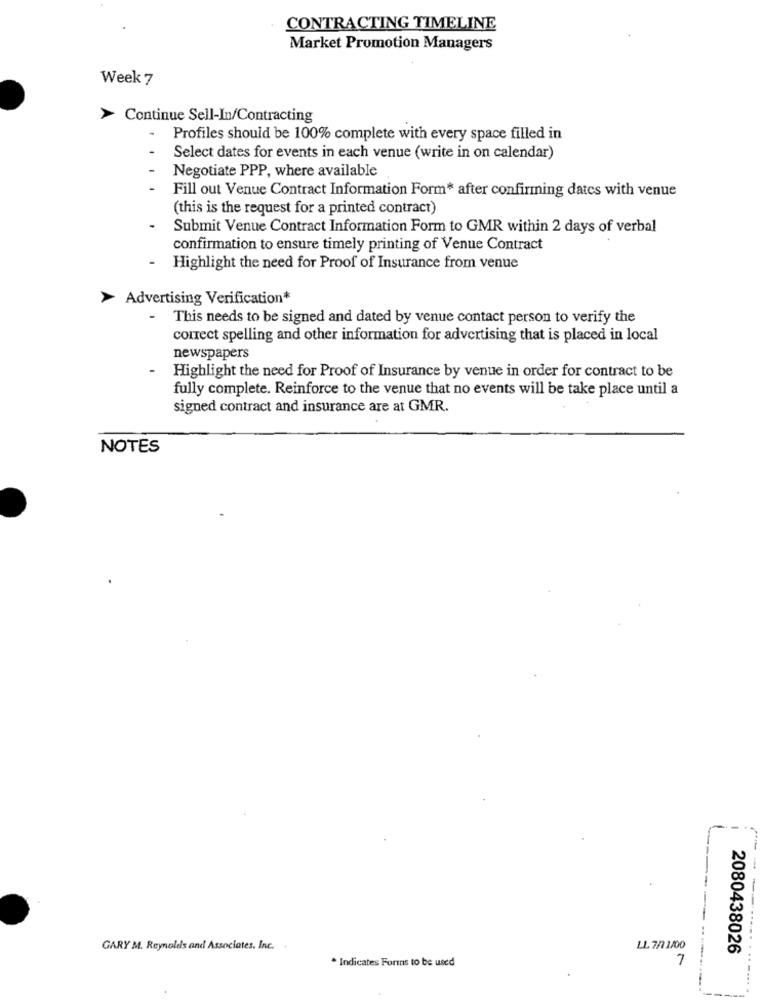
CONTRACTING TIMELINE
Market Promotion Managers
Week 7
Continue Sell-In/Contracting
-
Profiles should be 100% complete with every space filled in
Select dates for events in each venue (write in on calendar)
Negotiate PPP, where available
Fill out Venue Contract Information Form* after confirming dates with venue
(this is the request for a printed contract)
Submit Venue Contract Information Form to GMR within 2 days of verbal
confirmation to ensure timely printing of Venue Contract
Highlight the need for Proof of Insurance from venue
> Advertising Verification*
-
This needs to be signed and dated by venue contact person to verify the
correct spelling and other information for advertising that is placed in local
newspapers
Highlight the need for Proof of Insurance by venue in order for contract to be
fully complete. Reinforce to the venue that no events will be take place until a
signed contract and insurance are at GMR.
NOTES
GARY M. Reynolds and Associates. Inc.
LL 7/1 1/00
2080438026
* Indicates Foris to be used
7